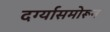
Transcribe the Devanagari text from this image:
दर्ग्यासमोरून